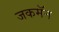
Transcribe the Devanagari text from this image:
जकमॅन